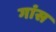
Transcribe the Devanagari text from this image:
गांस